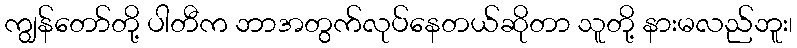
ကျွန်တော်တို့ ပါတီက ဘာအတွက်လုပ်နေတယ်ဆိုတာ သူတို့ နားမလည်ဘူး၊